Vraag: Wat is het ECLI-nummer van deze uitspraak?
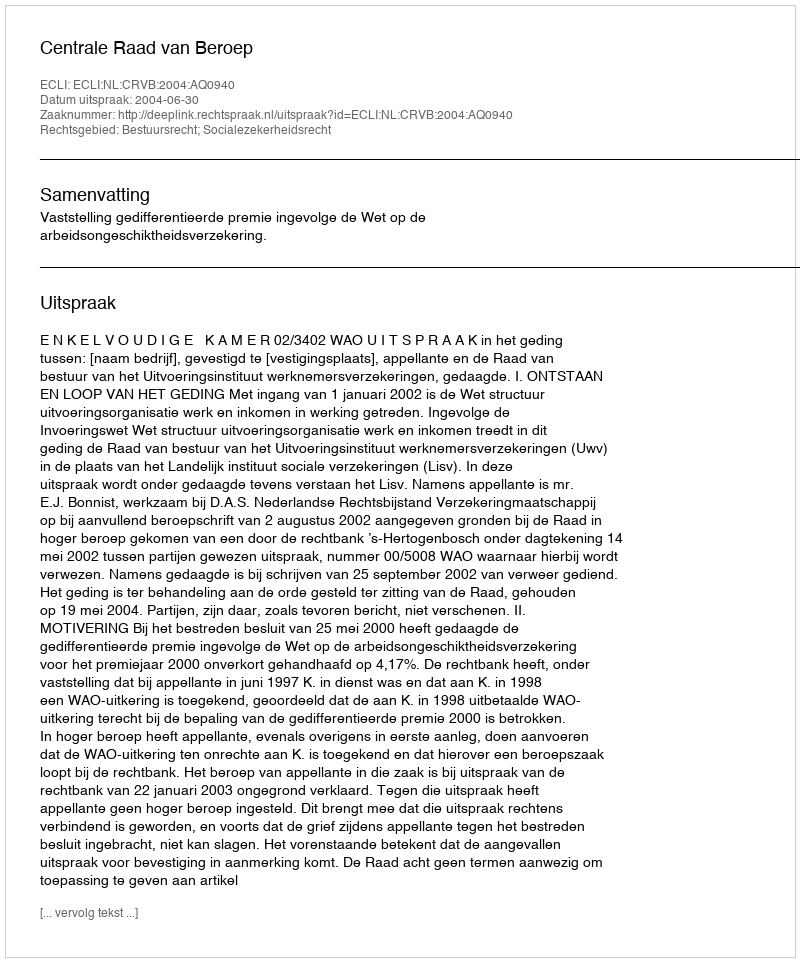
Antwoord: ECLI:NL:CRVB:2004:AQ0940